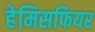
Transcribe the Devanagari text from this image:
हेमिसफियर